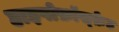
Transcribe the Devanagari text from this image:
हाइपोफ़ॉस्फ़ेट